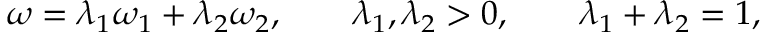
\omega = \lambda _ { 1 } \omega _ { 1 } + \lambda _ { 2 } \omega _ { 2 } , \qquad \lambda _ { 1 } , \lambda _ { 2 } > 0 , \qquad \lambda _ { 1 } + \lambda _ { 2 } = 1 ,